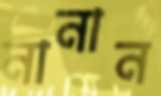
নানান